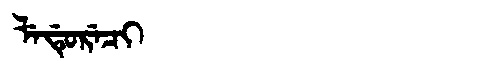
Manchu: ᠯᡝᡩᡠᡵᡝᠴᡳ
Romanization: LEDURECI